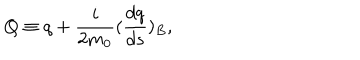
LaTeX: Q \equiv q + \frac { i } { 2 m _ { 0 } } ( \frac { d q } { d s } ) _ { B } ,